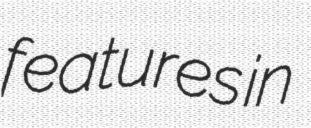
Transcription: features in